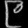
Digit: ၉